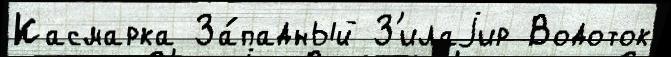
Касмарка За́падный З'илаjир Водоток